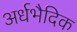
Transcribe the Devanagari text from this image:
अर्धभैदिक